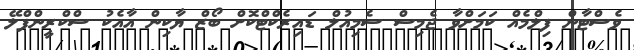
ވެސްޓާން ފިލްމެއް ކަމަށްވާ ޖެމިސް ސެމިއުލް ޑައިރެކްޓްކޮށް ބޯޒް ޔާކިން އާއެކު ސްކްރީންޕްލޭ